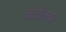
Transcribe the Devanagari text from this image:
चोटलियो